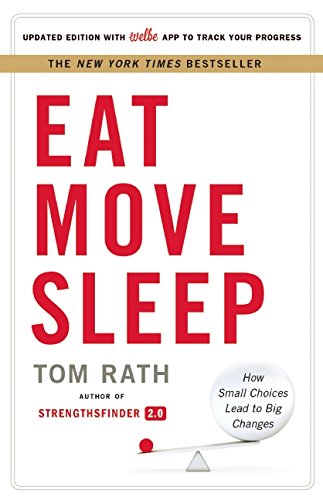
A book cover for Eat Move Sleep: How Small Choices Lead to Big Changes; Tom Rath; Health, Fitness & Dieting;